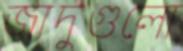
জাদুগুলো